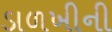
ડાળખીની